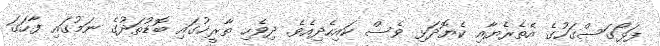
ފަޅޯގަސްގަހުގެ އެތެރެޔާއި ކެޔޮދަޅި ވެސް ކައިހެދިއެވެ. ދިވެހި ތާރީޚުގައި ބޮޑުތަދުގެ ނަމުގައި ފާހަގަ